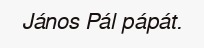
János Pál pápát.